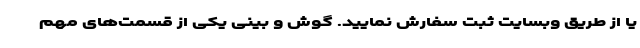
یا از طریق وبسایت ثبت سفارش نمایید. گوش و بینی یکی از قسمت‌های مهم